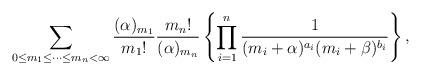
LaTeX: \begin{align*}\sum_{0\le m_1{\le} \cdots{\le}m_{n}<\infty}\frac{(\alpha)_{m_1}}{{m_1}!}\frac{{m_n}!}{(\alpha)_{m_n}}\left\{\prod_{i=1}^{n}\frac{1}{(m_i+\alpha)^{a_i}(m_i+\beta)^{b_i}}\right\},\end{align*}